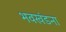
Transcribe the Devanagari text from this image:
भवखंडना